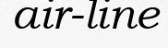
air-line